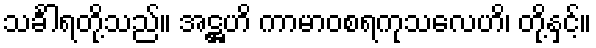
သင်္ခါရတို့သည်။ အဋ္ဌဟိ ကာမာဝစရကုသလေဟိ၊ တို့နှင့်။